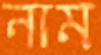
নাম